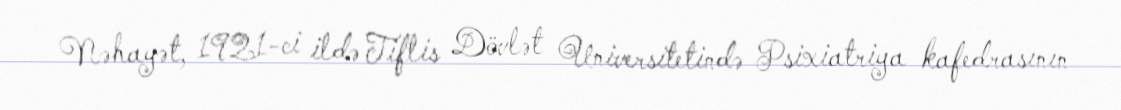
Nəhayət, 1921-ci ildə Tiflis Dövlət Universitetində Psixiatriya kafedrasının